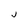
Character: j